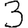
Digit: 3